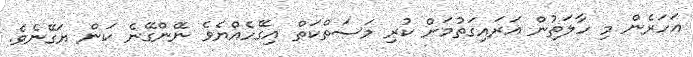
އަހަރެން މި ހާލަތުން އަރައިގަތުމަށް ކުރި މަސަތްކަތް އިގޭހެއްޔެވެ ނޭންގޭނެ ކަން ޔަގޭނެވެ.